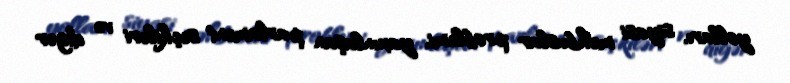
yolları, siyasi məhbuslar problemi, yaxınlaşan parlament seçkiləri və digər